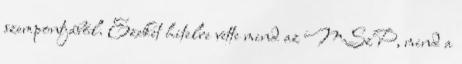
szempontjából. Ezeket hitelre vette mind az MSzP, mind a